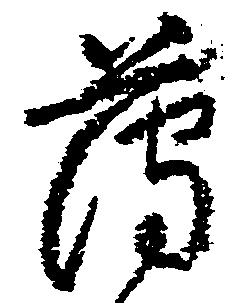
薄